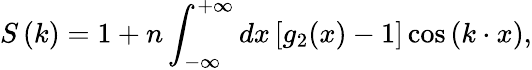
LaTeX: S\left(k\right)=1+n\int_{-\infty}^{+\infty}dx\left[g_{2}(x)-1\right]\cos\left(k\cdot x\right),